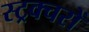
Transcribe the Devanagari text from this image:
स्ट्रक्चरों